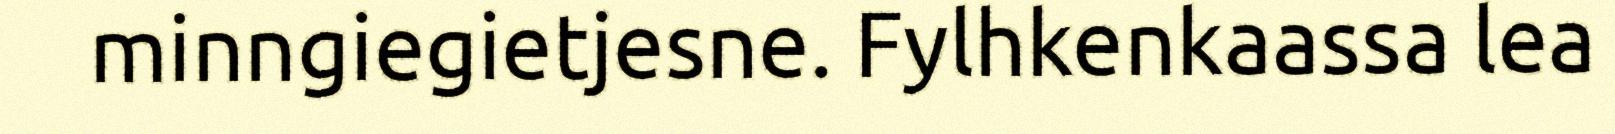
minngiegietjesne. Fylhkenkaassa lea